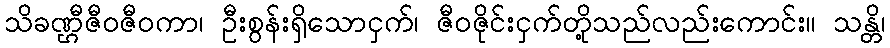
သိခဏ္ဌီဇီဝဇီဝကာ၊ ဦးစွန်းရှိသောငှက်၊ ဇီဝဇိုင်းငှက်တို့သည်လည်းကောင်း။ သန္တိ၊